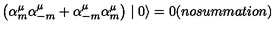
\left( { \alpha } _ { m } ^ { \mu } { \alpha } _ { - m } ^ { \mu } + { \alpha } _ { - m } ^ { \mu } { \alpha } _ { m } ^ { \mu } \right) \mid 0 \rangle = 0 ( n o s u m m a t i o n )